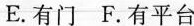
E.有门 F.有平台